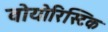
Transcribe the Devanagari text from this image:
वोयोरिस्टिक